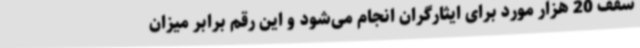
سقف 20 هزار مورد برای ایثارگران انجام می‌شود و این رقم برابر میزان